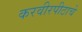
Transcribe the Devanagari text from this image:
करवीरपीठाचे